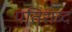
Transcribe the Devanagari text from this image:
पतिशब्द